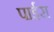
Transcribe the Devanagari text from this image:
पाईस